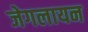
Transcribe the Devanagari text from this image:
जेगलायन